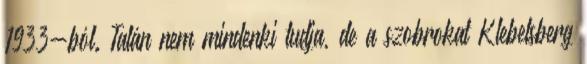
1933-ból. Talán nem mindenki tudja, de a szobrokat Klebelsberg